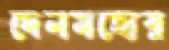
দেনমহোর